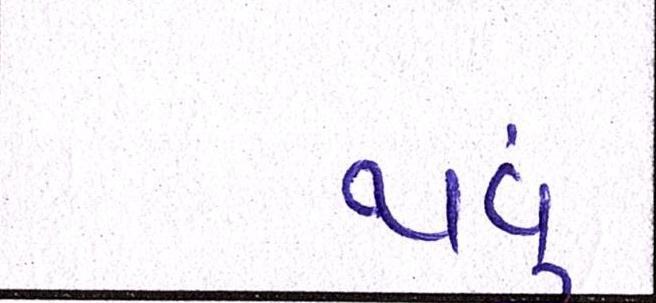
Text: થવું